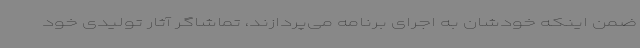
ضمن اینکه خودشان به اجرای برنامه می‌پردازند، تماشاگر آثار تولیدی خود